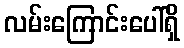
လမ်းကြောင်းပေါ်ရှိ